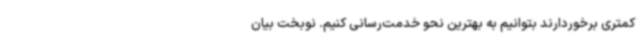
کمتری برخوردارند بتوانیم به بهترین نحو خدمت‌رسانی کنیم. نوبخت بیان